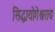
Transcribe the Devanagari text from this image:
सिद्धायोगेश्वराय